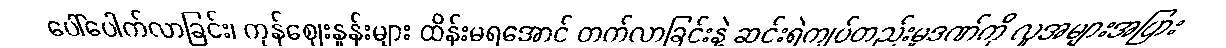
ပေါ်ပေါက်လာခြင်း၊ ကုန်ဈေးနှုန်းများ ထိန်းမရအောင် တက်လာခြင်းနဲ့ ဆင်းရဲကျပ်တည်းမှုဒဏ်ကို လူအများအပြား